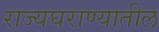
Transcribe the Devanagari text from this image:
राज्यघराण्यातील